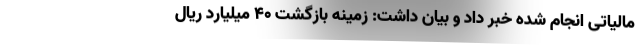
مالیاتی انجام شده خبر داد و بیان داشت: زمینه بازگشت ۴۰ میلیارد ریال